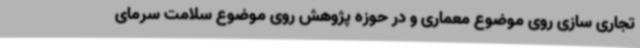
تجاری سازی روی موضوع معماری و در حوزه پژوهش روی موضوع سلامت سرمای